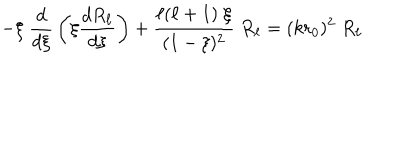
- \xi \; { \frac { d } { d \xi } } \left( \xi { \frac { d R _ { \ell } } { d \xi } } \right) + { \frac { \ell ( \ell + 1 ) \; \xi } { ( 1 - \xi ) ^ { 2 } } } \; R _ { \ell } = ( k r _ { 0 } ) ^ { 2 } \; R _ { \ell }